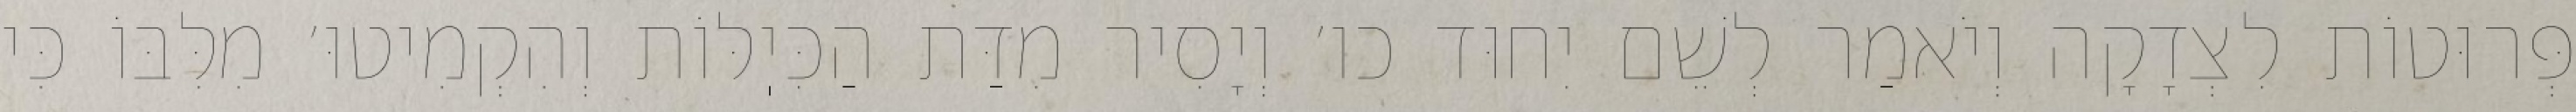
פְּרוּטוֹת לִצְדָקָה וְיֹאמַר לְשֵׁם יִחוּד כו׳ וְיָסִיר מִדַּת הַכִּיֽלּוֹת וְהִקְמִיטוּ׳ מִלִּבּוֹ כִּי